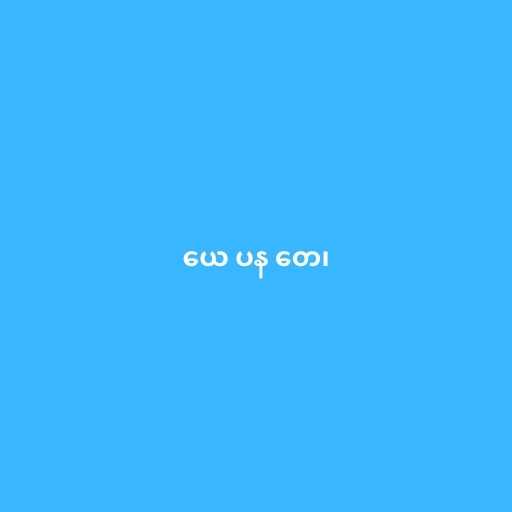
ယေ ပန တေ၊